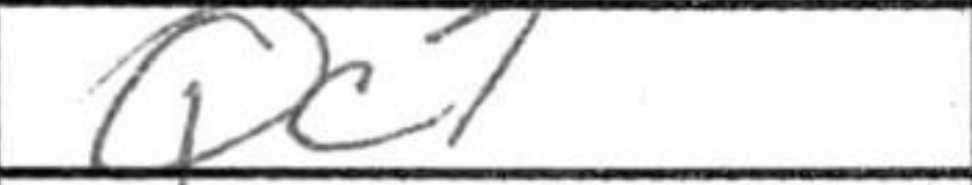
Transcription: Qc7